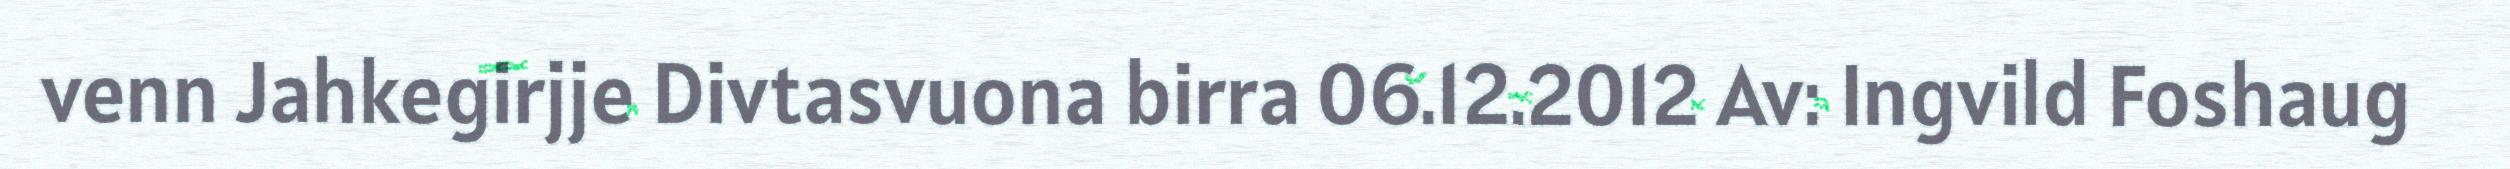
venn Jahkegirjje Divtasvuona birra 06.12.2012 Av: Ingvild Foshaug